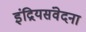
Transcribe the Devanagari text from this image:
इंद्रियसंवेदना